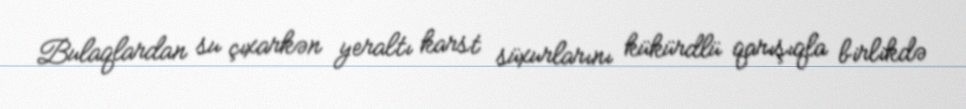
Bulaqlardan su çıxarkən yeraltı karst süxurlarını kükürdlü qarışıqla birlikdə